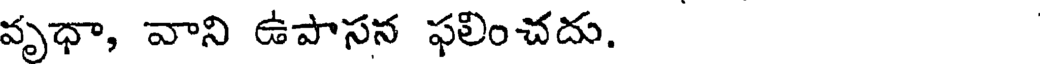
వృధా, వాని ఉపాసన ఫలించదు.